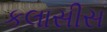
કલાસીસ